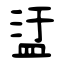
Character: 盓